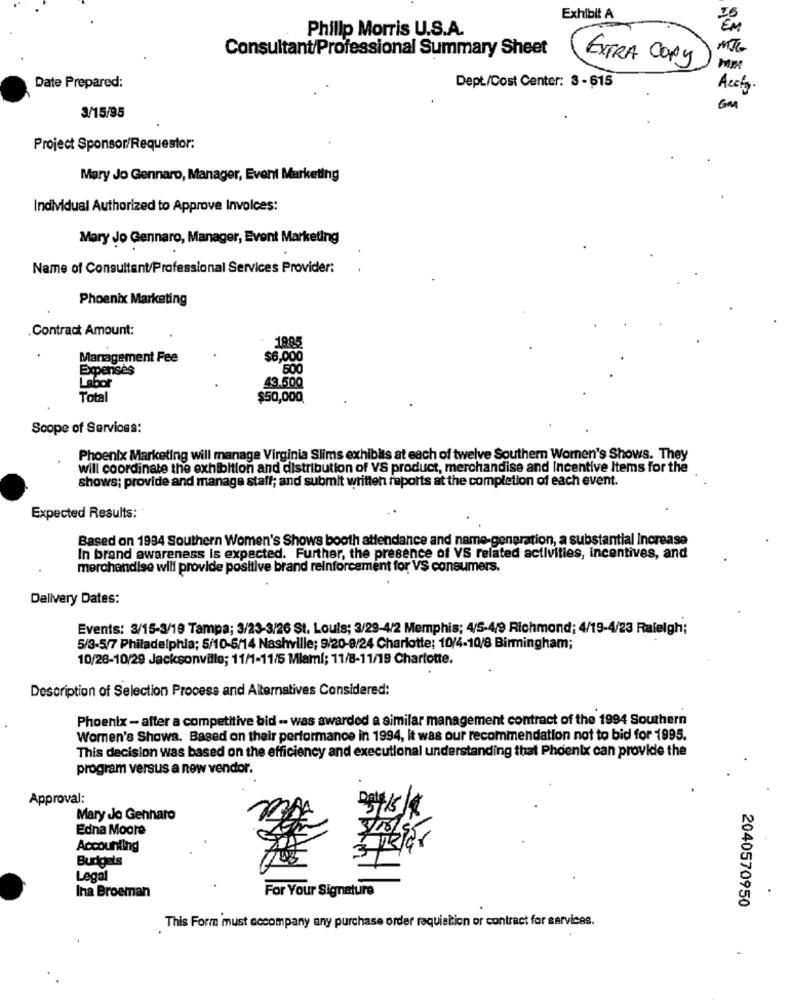
Exhibit A
Philip Morris U.S.A.
Consultant/Professional Summary Sheet
EXTRA COPY
Mm
Date Prepared:
Dept./Cost Center: 3 - 615
Accfy
GM
3/15/95
Project Sponsor/Requestor:
Mary Jo Gennaro, Manager, Event Marketing
Individual Authorized to Approve Invoices:
Mary Jo Gennaro, Manager, Event Marketing
Name of Consultant/Professional Services Provider:
Phoenix Marketing
Contract Amount:
1885
Management Fee
$6,000
Expenses
500
Labor
43.500
Total
$50,000
Scope of Services:
Phoenix Marketing will manage Virginia Slims exhibits at each of twelve Southern Women's Shows. They
will coordinate the exhibition and distribution of VS product, merchandise and Incentive Items for the
shows; provide and manage staff; and submit written reports at the completion of each event.
Expected Results:
Based on 1994 Southern Women's Shows booth attendance and name-generation, a substantial Increase
In brand awareness is expected. Further, the presence of VS related activities, incentives, and
merchandise will provide positive brand reinforcement for VS consumers.
Delivery Dates:
Events: 3/15-3/19 Tampa; 3/23-3/26 St. Louis; 3/29-4/2 Memphis; 4/5-4/9 Richmond; 4/19-4/23 Raleigh;
5/3-5/7 Philadelphia; 5/10-5/14 Nashville; 9/20-9/24 Charlotte; 10/4.10/8 Birmingham;
10/28-10/29 Jacksonville; 11/1-11/5 Miaml; 11/8-11/19 Charlotte.
Description of Selection Process and Alternatives Considered:
Phoenix - after a competitive bid -- was awarded a similar management contract of the 1994 Southern
Women's Showa. Based on their performance in 1994, It was our recommendation not to bid for 1995.
This decision was based on the efficiency and executional understanding that Phoenix can provide the
program versus a new vendor.
Approval:
Mary Jo Gennaro
Edna Moore
Accounting
Budgets
Legal
Ina Broeman
For Your Signature
2040570950
This Form must accompany any purchase order requisition or contract for services.